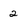
Character: 2